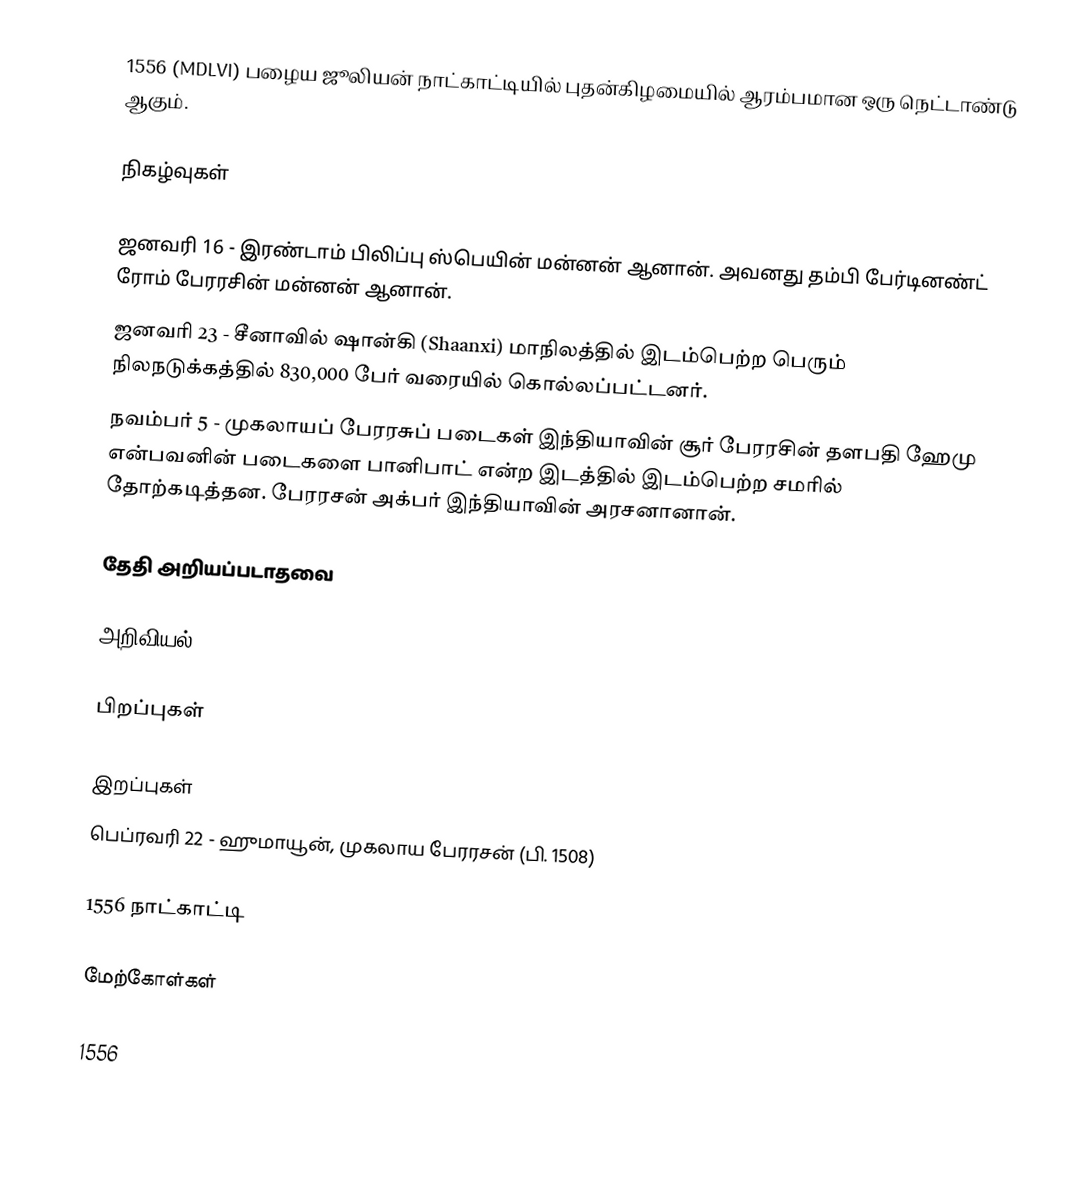
1556 (MDLVI) பழைய ஜூலியன் நாட்காட்டியில் புதன்கிழமையில் ஆரம்பமான ஒரு நெட்டாண்டு ஆகும்.

நிகழ்வுகள்

 ஜனவரி 16 - இரண்டாம் பிலிப்பு ஸ்பெயின் மன்னன் ஆனான். அவனது தம்பி பேர்டினண்ட் ரோம் பேரரசின் மன்னன் ஆனான்.
 ஜனவரி 23 - சீனாவில் ஷான்கி (Shaanxi) மாநிலத்தில் இடம்பெற்ற பெரும் நிலநடுக்கத்தில் 830,000 பேர் வரையில் கொல்லப்பட்டனர்.
 நவம்பர் 5 - முகலாயப் பேரரசுப் படைகள் இந்தியாவின் சூர் பேரரசின் தளபதி ஹேமு என்பவனின் படைகளை பானிபாட் என்ற இடத்தில் இடம்பெற்ற சமரில் தோற்கடித்தன. பேரரசன் அக்பர் இந்தியாவின் அரசனானான்.

தேதி அறியப்படாதவை

அறிவியல்

பிறப்புகள்

இறப்புகள்
 பெப்ரவரி 22 - ஹுமாயூன், முகலாய பேரரசன் (பி. 1508)

1556 நாட்காட்டி

மேற்கோள்கள்

1556